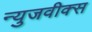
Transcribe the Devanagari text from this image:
न्युजवीक्स